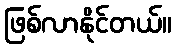
ဖြစ်လာနိုင်တယ်။